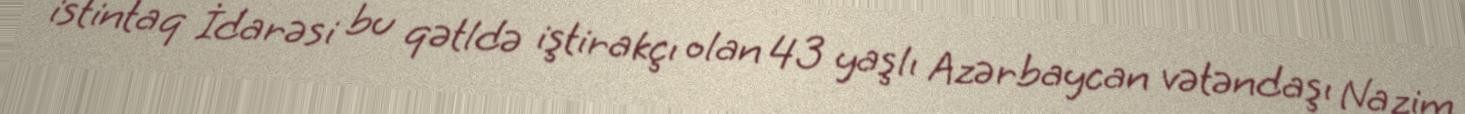
istintaq İdarəsi bu qətldə iştirakçı olan 43 yaşlı Azərbaycan vətəndaşı Nazim